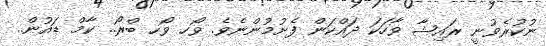
ނުކުރެވުނީ ރައިޝާ ވާހަކަ ދައްކަން ފެށުމުންނެވެ. ވޯހ ވޯހ ބްރޯ.. ކާމް ޑައުން..